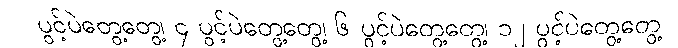
ပွင့်ပဲတွေ့တွေ့၊ ၄ ပွင့်ပဲတွေ့တွေ့၊ ၆ ပွင့်ပဲတွေ့တွေ့၊ ၁၂ ပွင့်ပဲတွေ့တွေ့